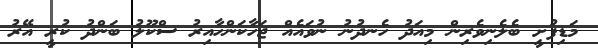
މަޑިފުށީ ބެލެނިވެރިން މިއަދު ހެނދުނު ނުވައެއް ޖަހާކަންހާއިރު ސްކޫލު ބަންދު ކުރީ އޭރު